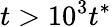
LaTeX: t>10^{3}t^{*}